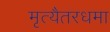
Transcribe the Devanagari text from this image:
मृत्यैतरधमा